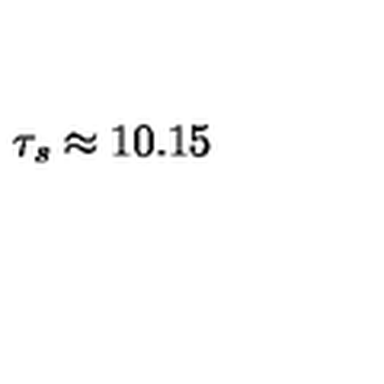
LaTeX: \tau _ { s } \approx 1 0 . 1 5